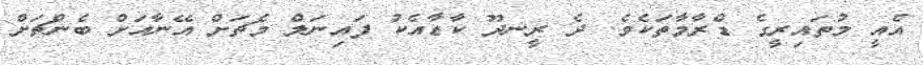
އެއީ މުތައިރީގެ ޑްރާމާތަކެވެ. ދެ ރީނދޫ ކާޑާއެކު ފައިނަލް މެޗަށް އޭނާއަށް ބެންޗަށް